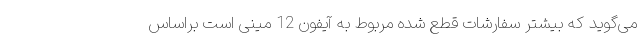
می‌گوید كه بیشتر سفارشات قطع شده مربوط به آیفون 12 مینی است براساس